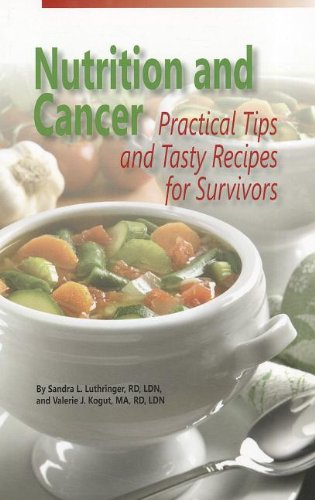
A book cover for Nutrition and Cancer: Practical Tips and Tasty Recipes for Survivors; Sandra L. Luthringer; Cookbooks, Food & Wine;